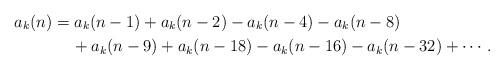
LaTeX: \begin{align*}a_k(n)&=a_k(n-1)+a_k(n-2)-a_k(n-4)-a_k(n-8)\\&\quad\, +a_k(n-9)+a_k(n-18)-a_k(n-16)-a_k(n-32)+\cdots.\end{align*}